65_HS1-834228961_62-HQ-83894_SUB_A
Agency: FBI
Page 98
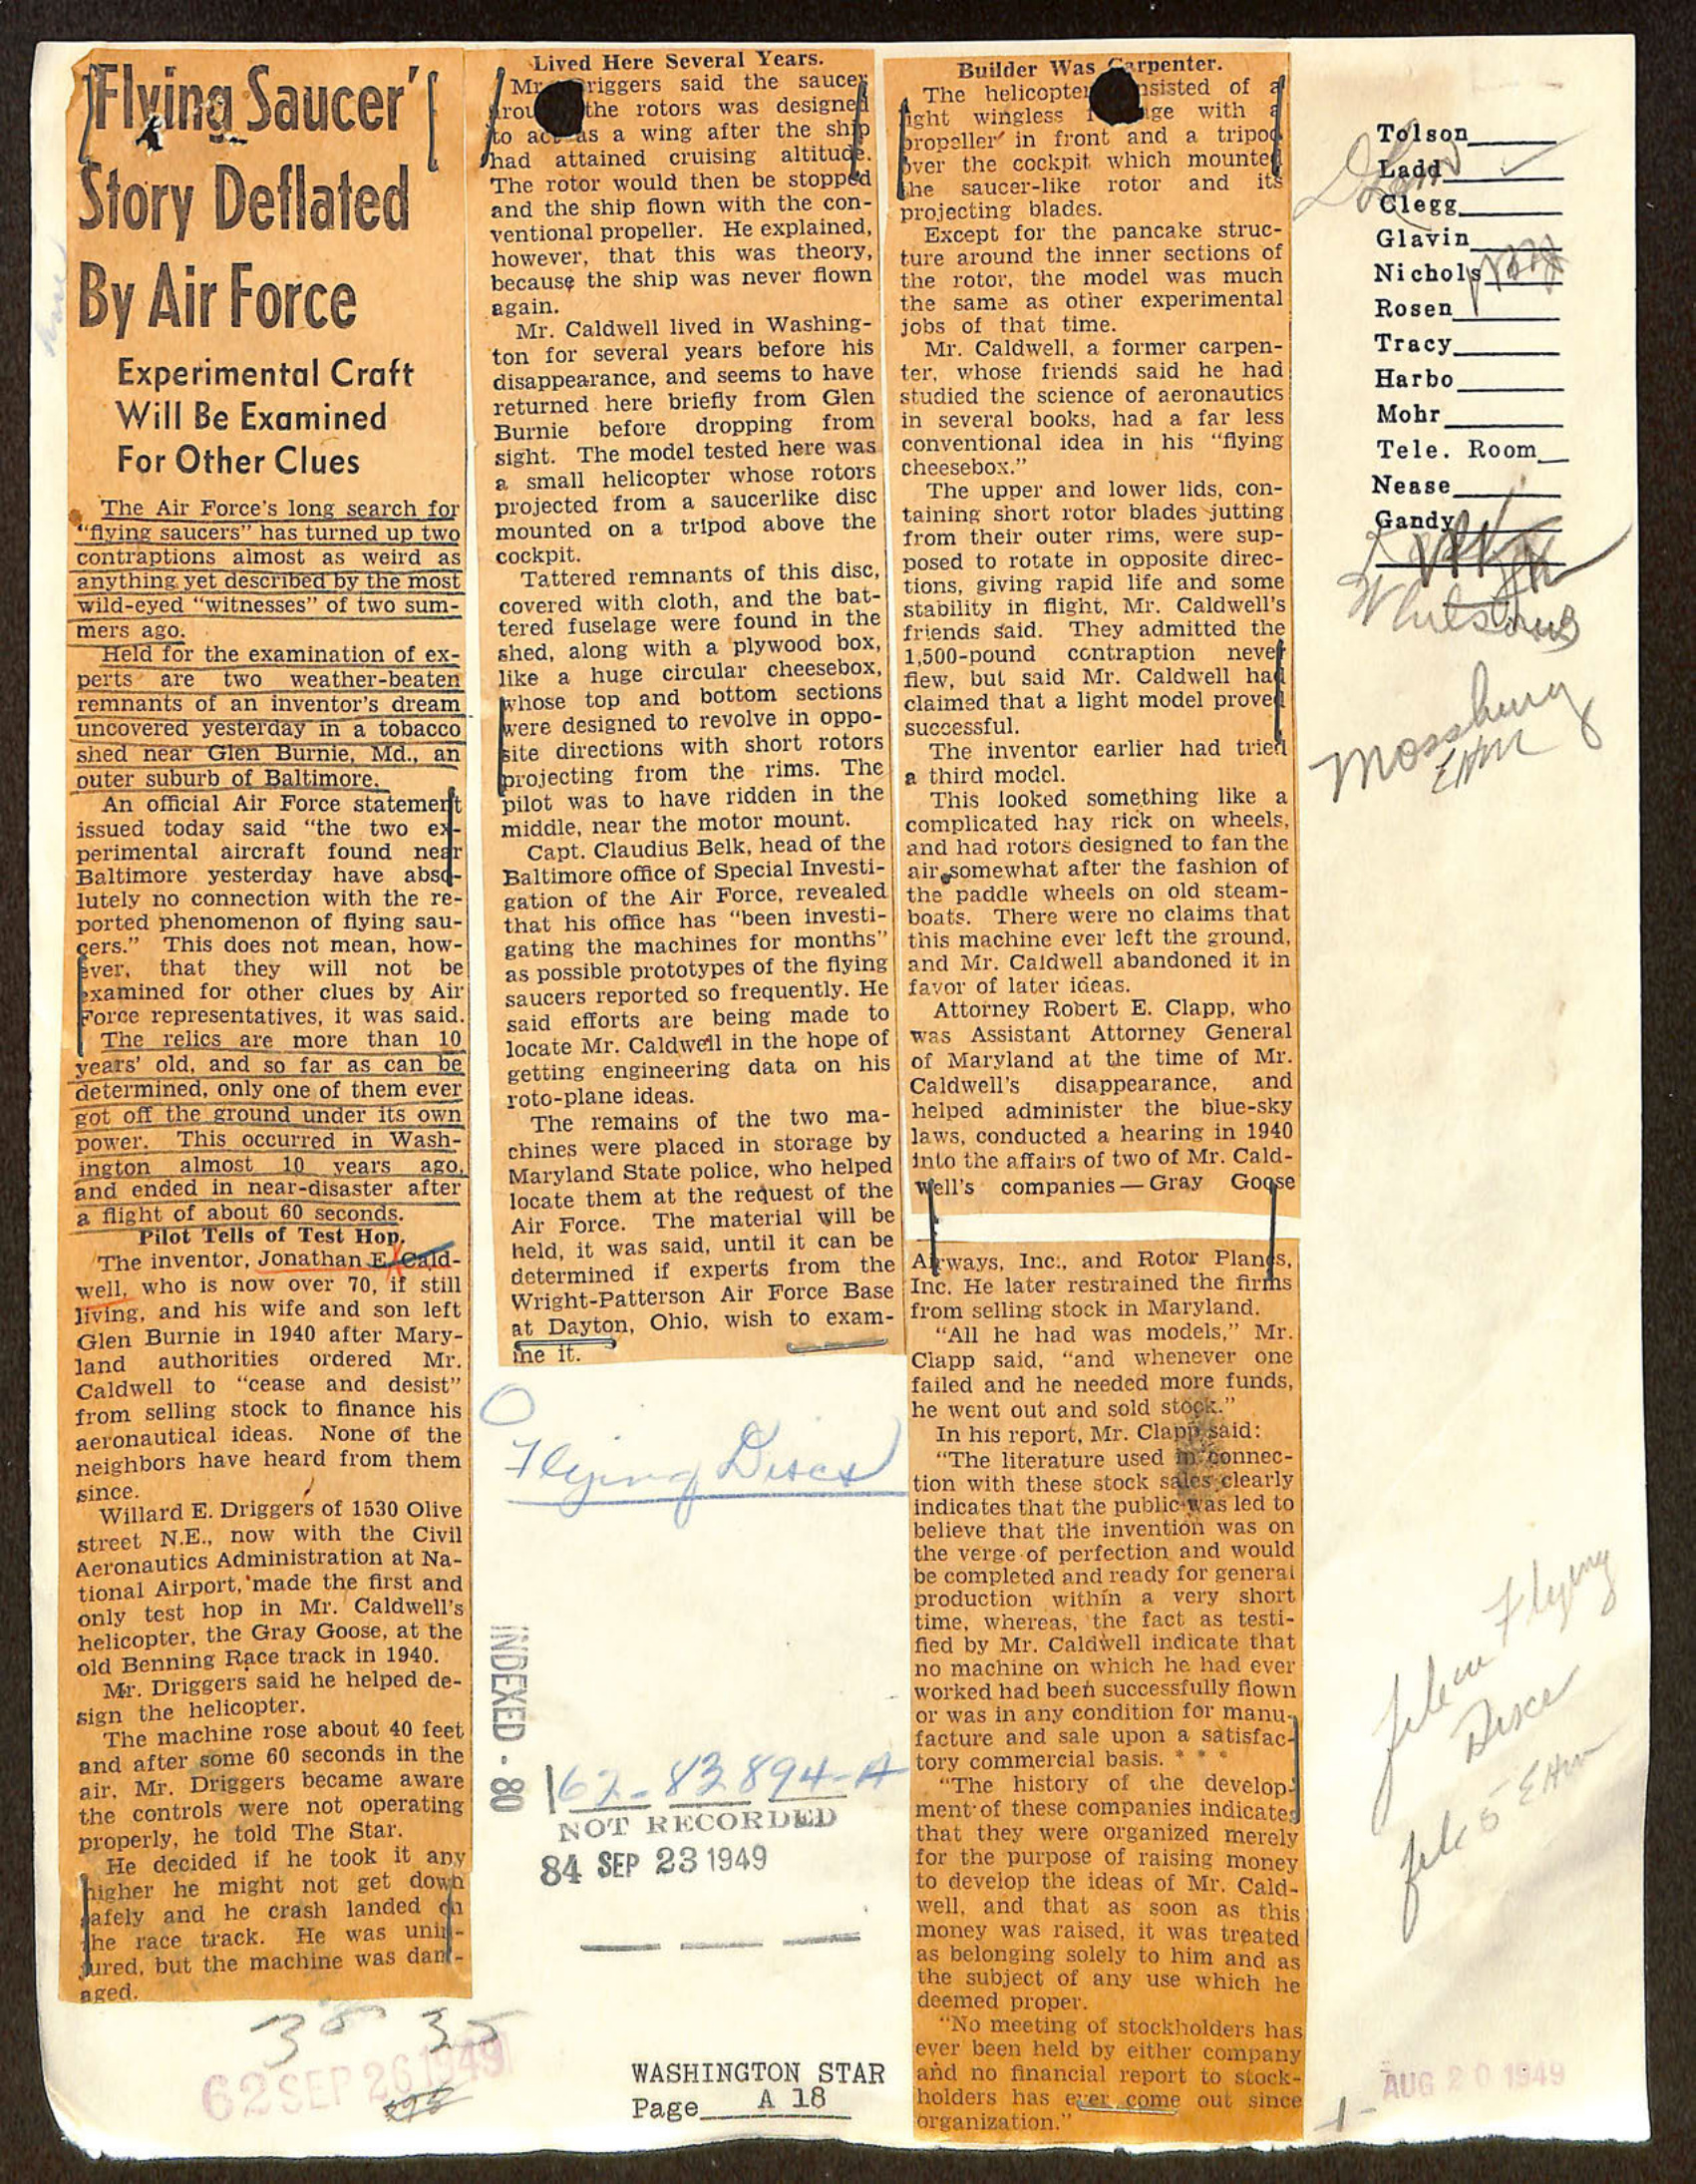